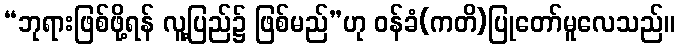
“ဘုရားဖြစ်ဖို့ရန် လူ့ပြည်၌ ဖြစ်မည်”ဟု ဝန်ခံ(ကတိ)ပြုတော်မူလေသည်။